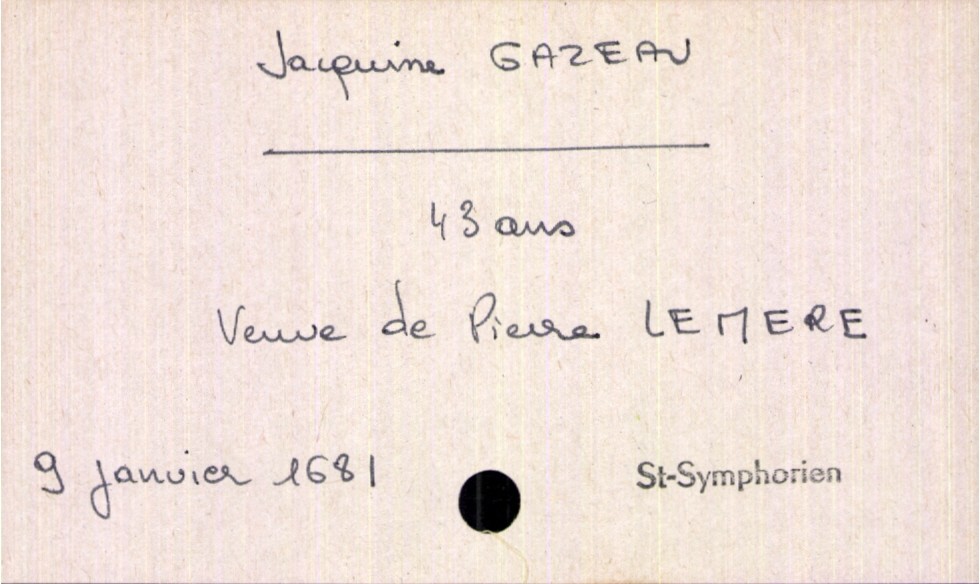
type_acte: Décès
année: 1681
mois: janvier
jour: 9
paroisse: Saint-Symphorien
défunt_nom: Gazeau
défunt_prénom: Jacquine
défunt_sexe: F
défunt_âge: 43 ans
défunt_statut: veuf(ve)